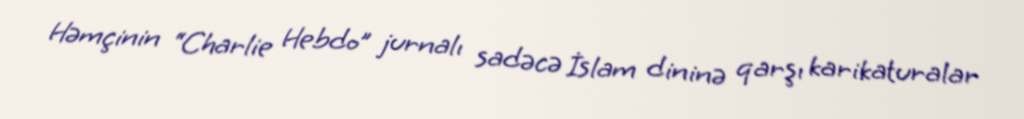
Həmçinin “Charlie Hebdo” jurnalı sadəcə İslam dininə qarşı karikaturalar